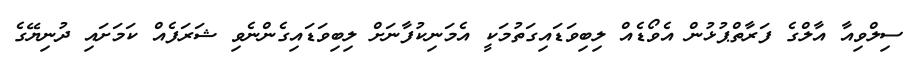
ސިލްވިއާ އާލްގެ ފަރާތްޕުޅުން އެވޯޑެއް ލިބިވަޑައިގަތުމަކީ އެމަނިކުފާނަށް ލިބިވަޑައިގެންނެވި ޝަރަފެއް ކަމަށައި ދުނިޔޭގެ